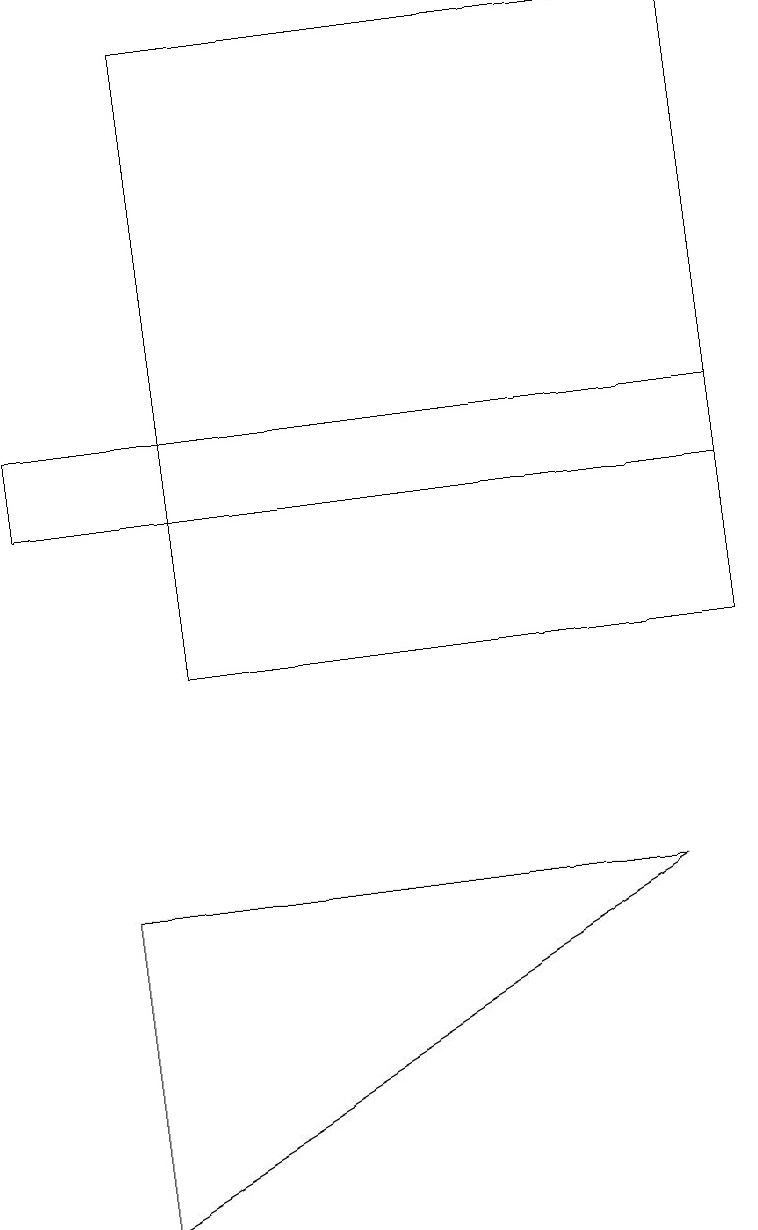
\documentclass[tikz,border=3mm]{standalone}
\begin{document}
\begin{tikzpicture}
\draw (1,7) -- (1,3) -- (8,7) -- cycle;
\draw (9,13) rectangle (0,12);
\draw (9,18) rectangle (2,10);
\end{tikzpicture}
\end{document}